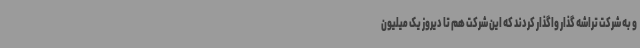
و به شرکت تراشه گذار واگذار کردند که این شرکت هم تا دیروز یک میلیون